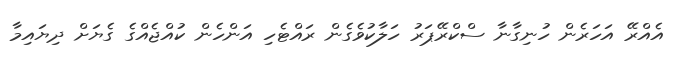
އެއްރޭ އަހަރެން ހުނިގާނާ ސްކްރޭޕަރު ހަލާކުވެގެން ރައްޓެހި އަންހެން ކުއްޖެއްގެ ގެޔަށް ދިޔައިމާ